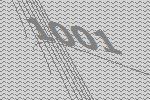
1001